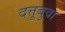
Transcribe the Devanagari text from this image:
दत्तूबुवा